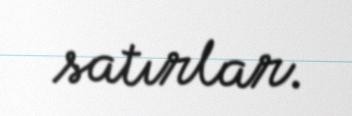
satırlar.